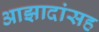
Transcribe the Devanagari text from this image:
आझादांसह